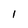
Character: I